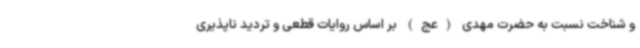
و شناخت نسبت به حضرت مهدی (عج) بر اساس روایات قطعی و تردید ناپذیری